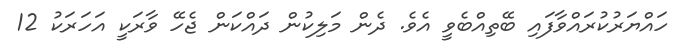
ހައްޔަރުކުރައްވާފައި ބޭތިއްބެވީ އެވެ. ދެން މަލިކުން ދައްކަން ޖެހޭ ވާރަކީ އަހަރަކު 12